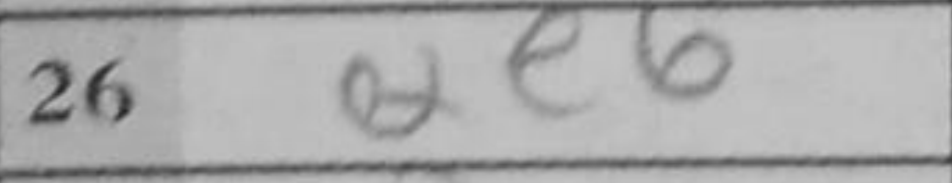
Transcription: Qe6